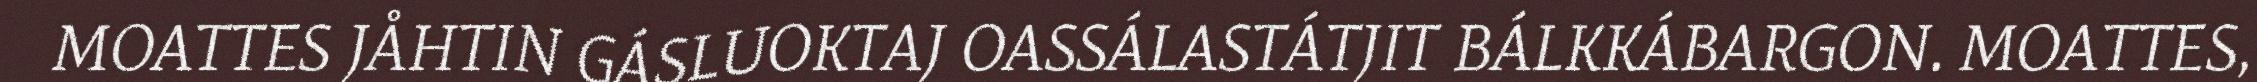
MOATTES JÅHTIN GÁSLUOKTAJ OASSÁLASTÁTJIT BÁLKKÁBARGON. MOATTES,